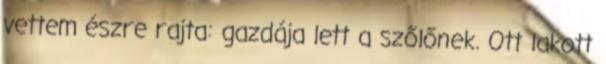
vettem észre rajta: gazdája lett a szőlőnek. Ott lakott